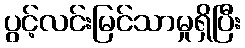
ပွင့်လင်းမြင်သာမှုရှိပြီး